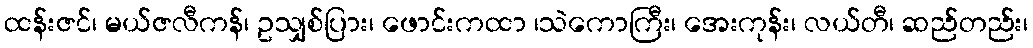
ထန်းဇင်၊ မယ်ဇလီကန်၊ ဥသျှစ်ပြား၊ ဖောင်းကထာ ၊သဲကောကြီး၊ အေးကုန်း၊ လယ်တီ၊ ဆည်တည်း၊